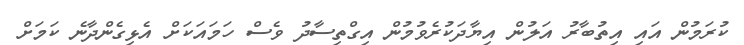
ކުރަމުން އައި އިތުބާރު އަލުން އިޔާދަކުރެވުމުން އިގްތިސާދު ވެސް ހަމައަކަށް އެޅިގެންދާނެ ކަމަށް